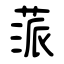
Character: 蒎